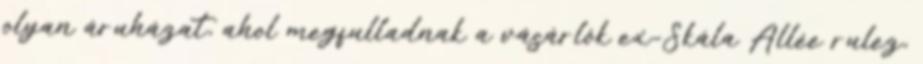
olyan áruházat, ahol megfulladnak a vásárlók ex-Skála Allée rulez,